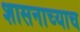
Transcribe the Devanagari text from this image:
शासनाच्याच